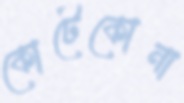
কোটেকোনা